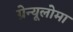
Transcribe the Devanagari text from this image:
ग्रेन्यूलोमा